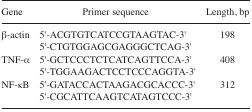
| Gene | Primer sequence | Length, bp |
 | --- | --- | --- |
 | β-actin | 5′-ACGTGTCATCCGTAAGTAC-3′5′-CTGTGGAGCGAGGGCTCAG-3′ | 198 |
 | TNF-α | 5′-GCTCCCTCTCATCAGTTCCA-3′5′-TGGAAGACTCCTCCCAGGTA-3′ | 408 |
 | NF-κB | 5′-GATACCACTAAGACGCACCC-3′5′-CGCATTCAAGTCATAGTCCC-3′ | 312 |